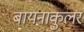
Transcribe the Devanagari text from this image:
बायनाकुलर